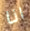
انا